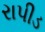
રાપીડ